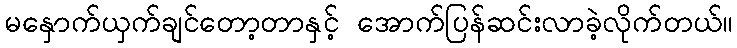
မနှောက်ယှက်ချင်တော့တာနှင့် အောက်ပြန်ဆင်းလာခဲ့လိုက်တယ်။